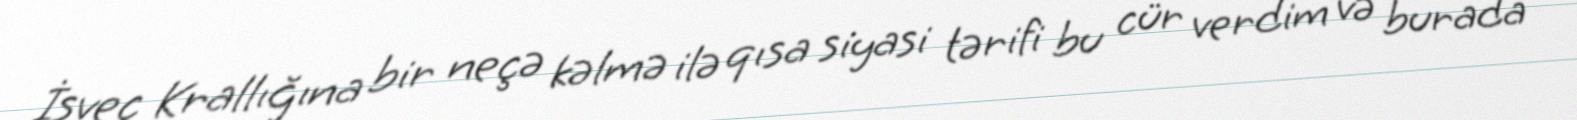
İsveç Krallığına bir neçə kəlmə ilə qısa siyasi tərifi bu cür verdim və burada